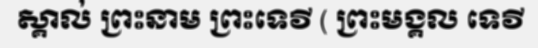
ស្គាល់ ព្រះនាម ព្រះទេវី ( ព្រះមង្គល ទេវី